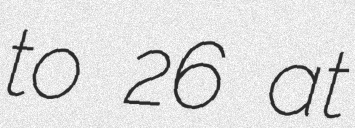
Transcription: to 26 at